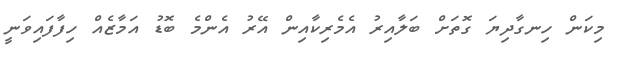
މިކަން ހިނގާދިޔަ ގޮތަށް ބަލާއިރު އެމެރިކާއިން އޭރު އެންމެ ބޮޑު އަމާޒެއް ހިފާފައިވަނީ